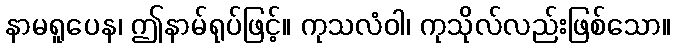
နာမရူပေန၊ ဤနာမ်ရုပ်ဖြင့်။ ကုသလံဝါ၊ ကုသိုလ်လည်းဖြစ်သော။